Bréfritari: Halldór Pétursson
Viðtakandi: Jón Borgfirðingur
Dagsetning: A-1861-04-05
Skrifað á: Illugastöðum í Fnjóskadal  S-Þing.

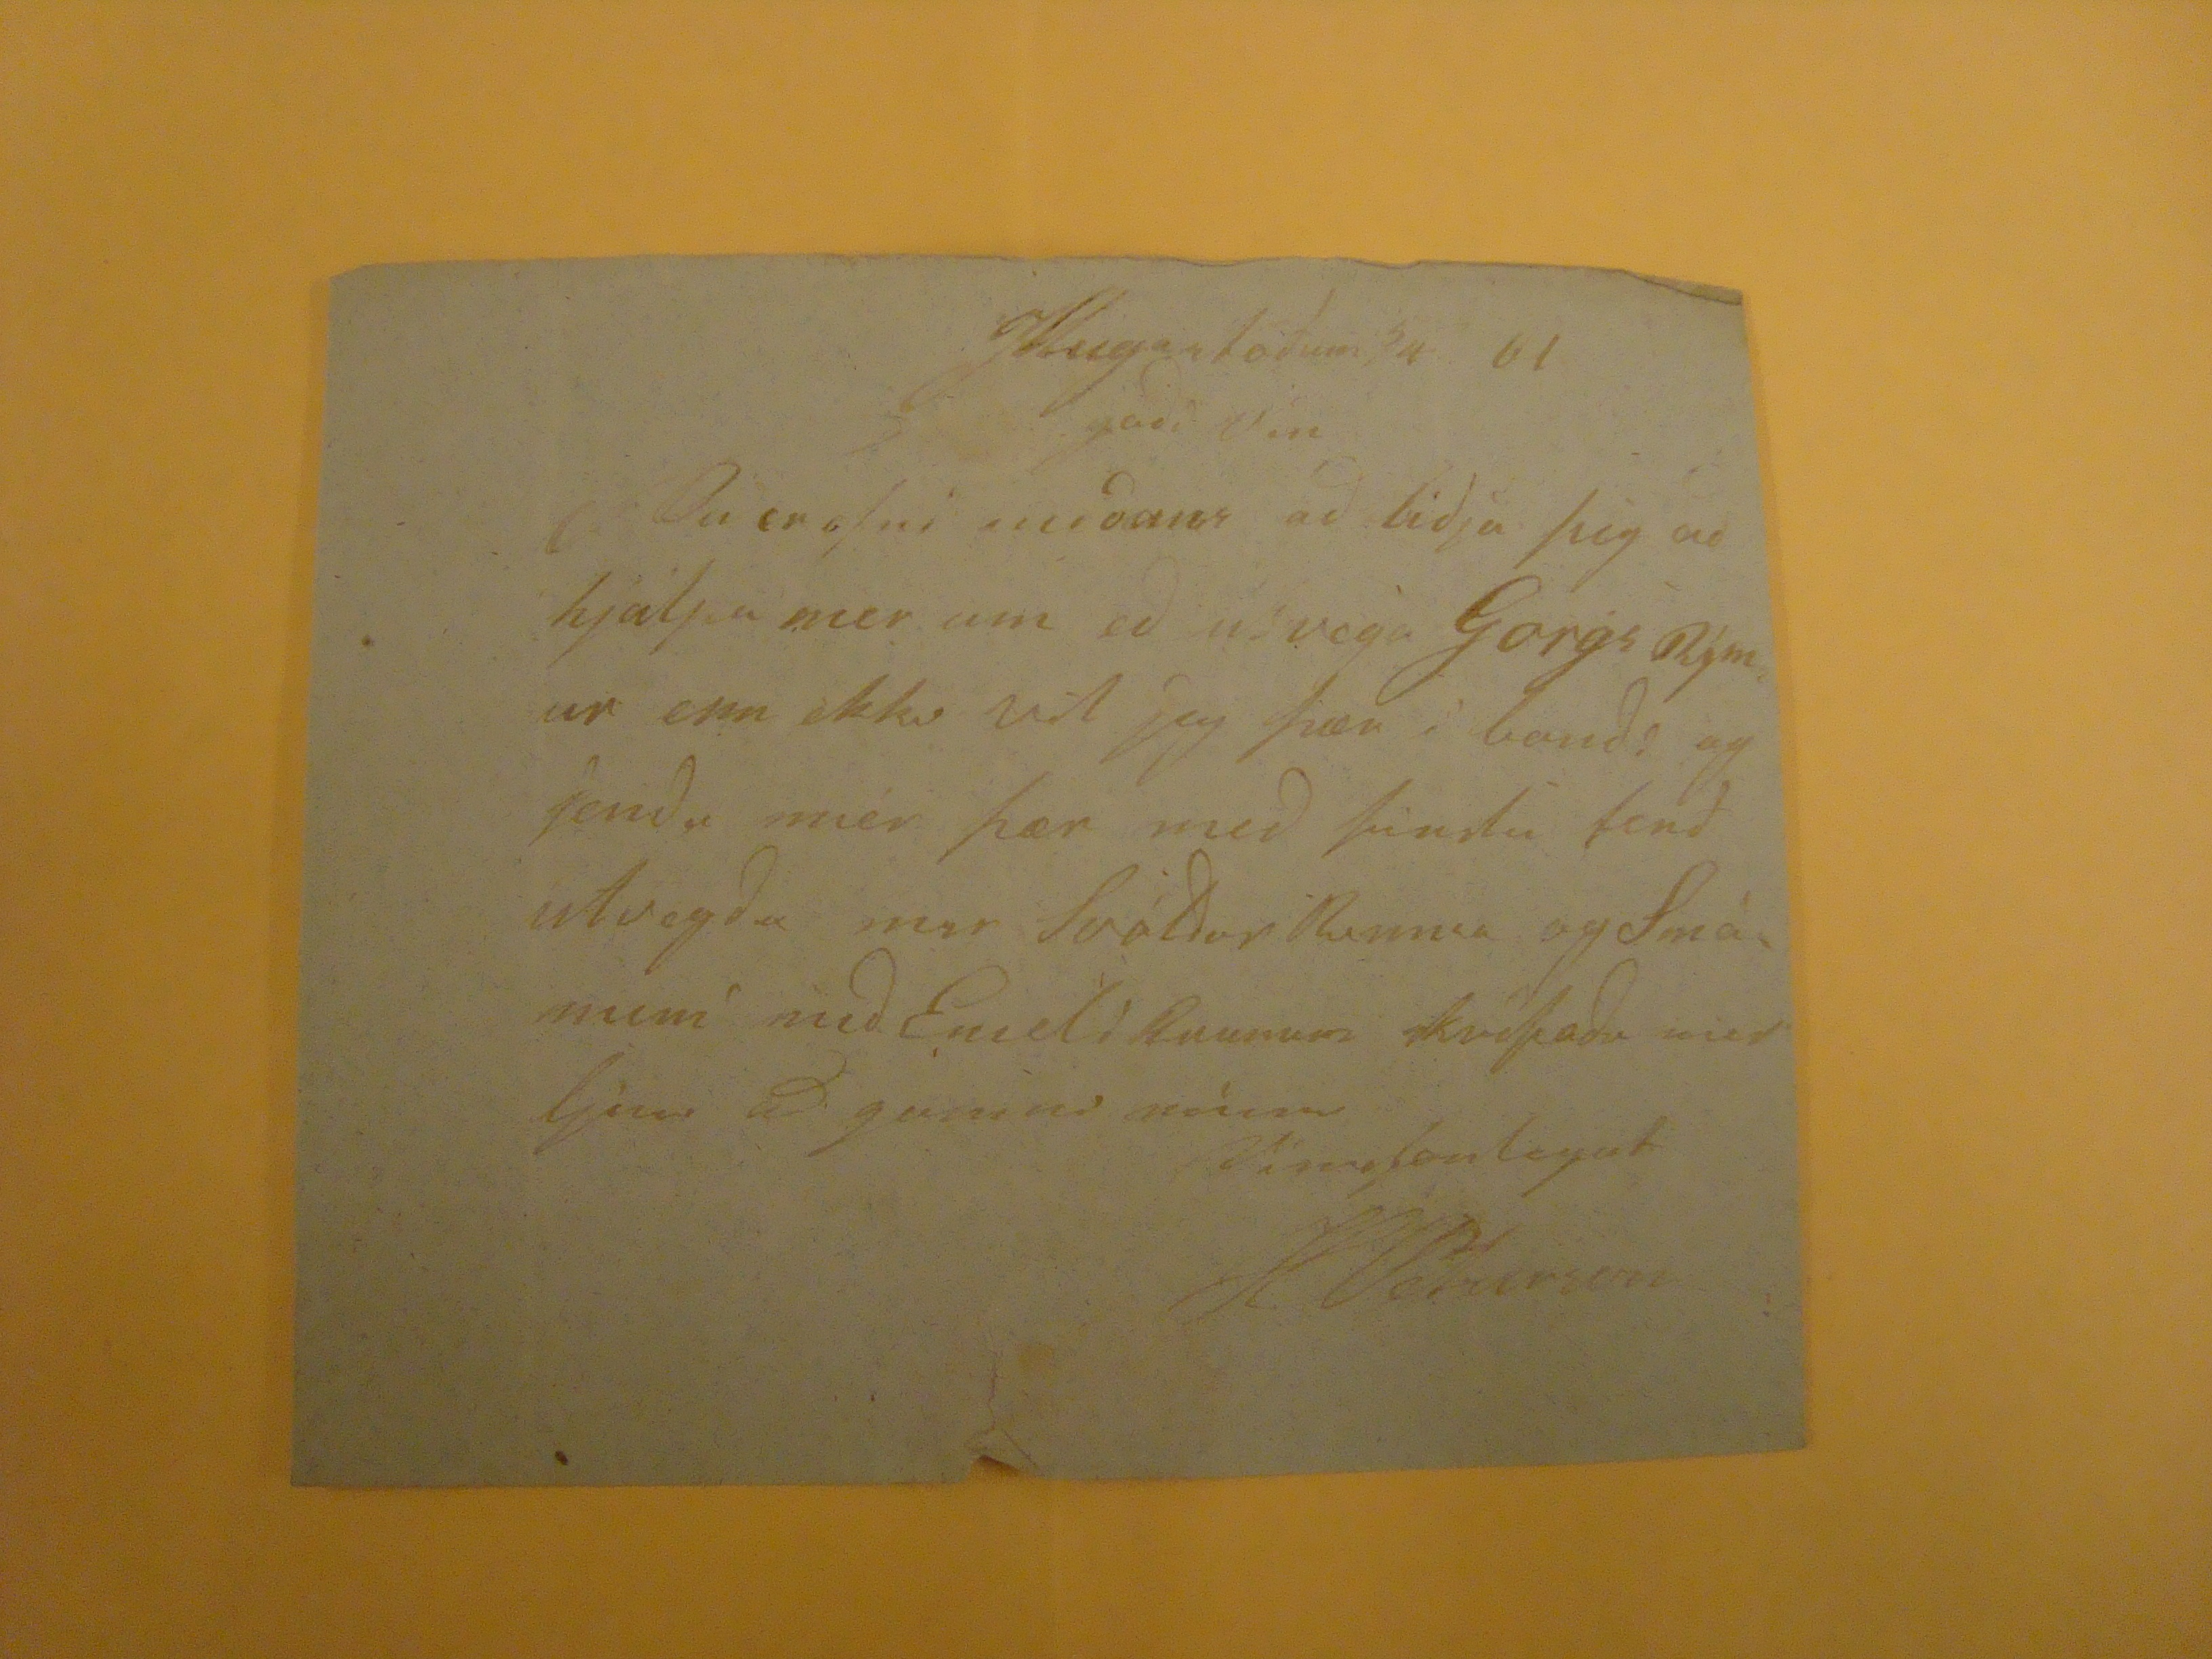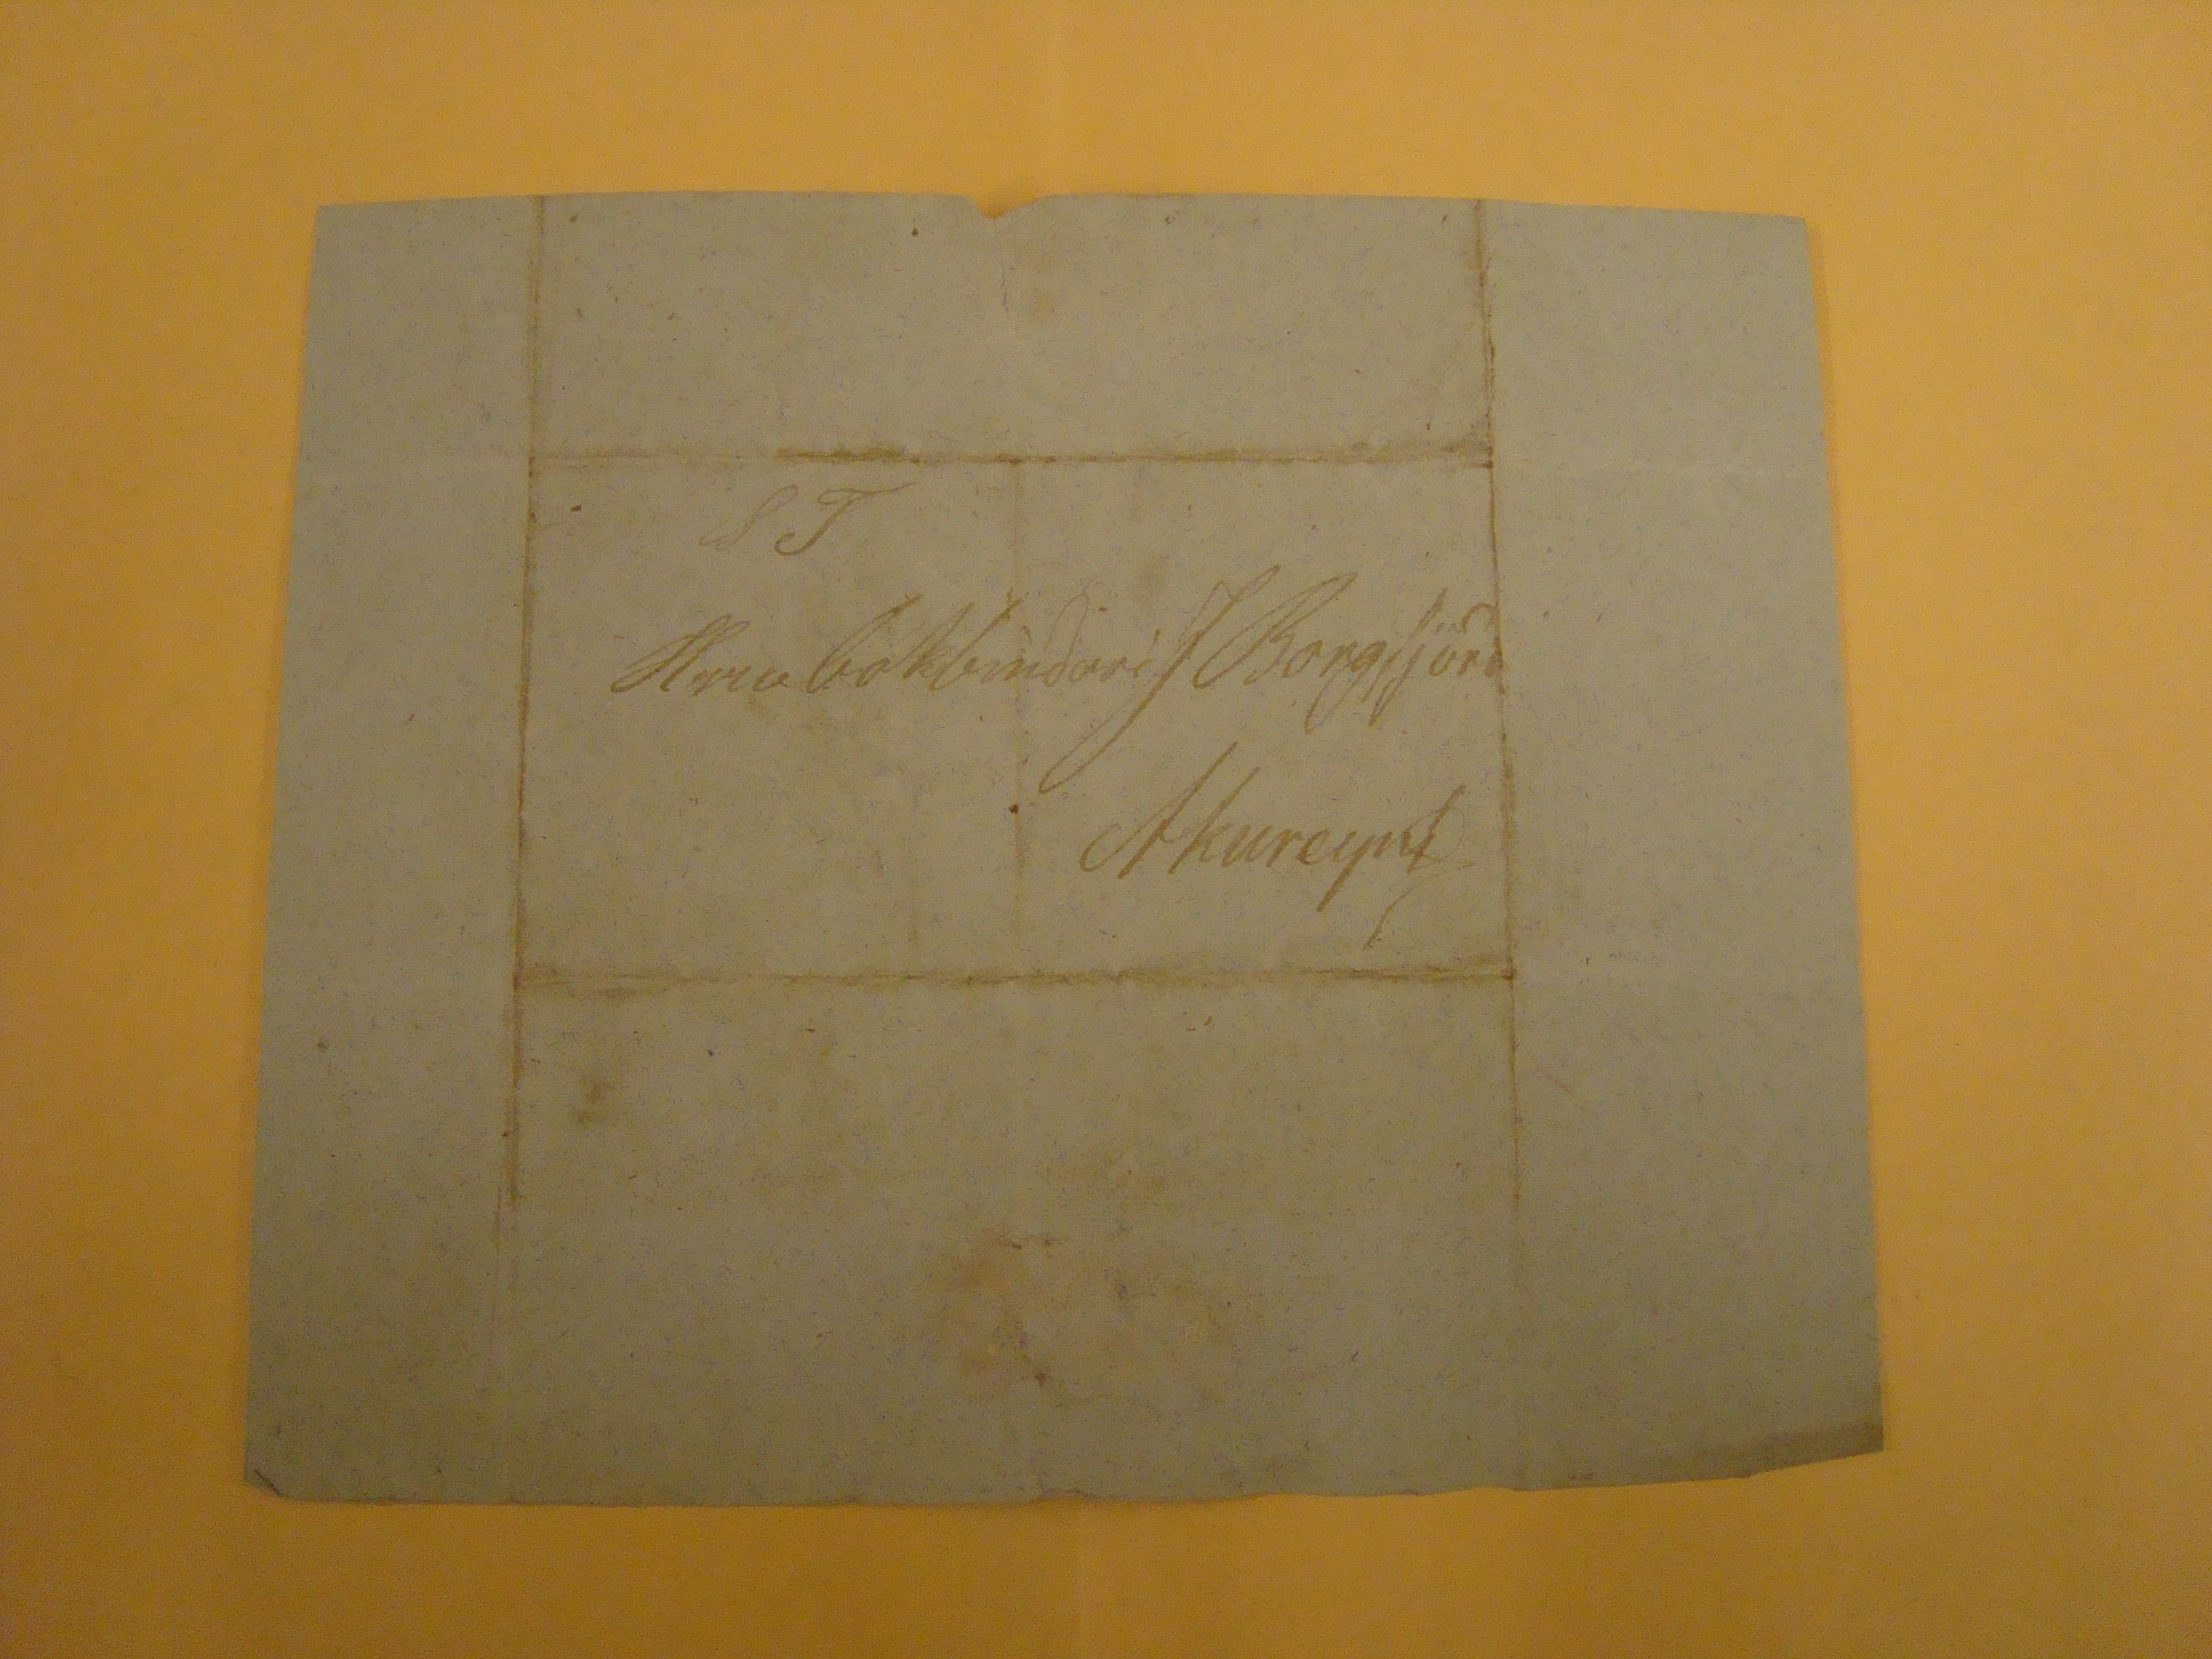

Illugastöðum 5/4 61
godi vin
Nu er efni midans ad bidja þig ad hjálpa mer um ad útvega
Gorgs Rímur
enn ekki vil jeg þær ì bandi og Sendu mér þær med firstu ferð útvegdu mer
Svóldur Rimur
og Smámuni med
End Rimum
skrifadu mer
ljinu
ad gamni mínu
Vinsamlegat
HPéturson
ST
Herra bókbindari J Borgfjörd
Akureyrí